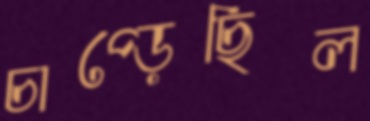
চাপ্‌ড়েছিল